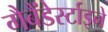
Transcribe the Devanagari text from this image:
गैबैंडेर्स्टाइने